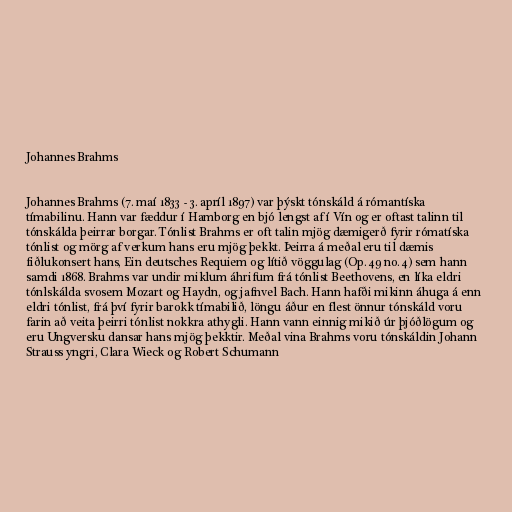
Johannes Brahms

Johannes Brahms (7. maí 1833 - 3. apríl 1897) var þýskt tónskáld á rómantíska
tímabilinu. Hann var fæddur í Hamborg en bjó lengst af í Vín og er oftast talinn til
tónskálda þeirrar borgar. Tónlist Brahms er oft talin mjög dæmigerð fyrir rómatíska
tónlist og mörg af verkum hans eru mjög þekkt. Þeirra á meðal eru til dæmis
fiðlukonsert hans, Ein deutsches Requiem og lítið vöggulag (Op. 49 no. 4) sem hann
samdi 1868. Brahms var undir miklum áhrifum frá tónlist Beethovens, en líka eldri
tónlskálda svosem Mozart og Haydn, og jafnvel Bach. Hann hafði mikinn áhuga á enn
eldri tónlist, frá því fyrir barokk tímabilið, löngu áður en flest önnur tónskáld voru
farin að veita þeirri tónlist nokkra athygli. Hann vann einnig mikið úr þjóðlögum og
eru Ungversku dansar hans mjög þekktir. Meðal vina Brahms voru tónskáldin Johann
Strauss yngri, Clara Wieck og Robert Schumann